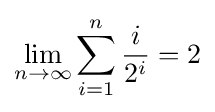
\lim _{n\to \infty }\sum _{i=1}^{n}{\frac {i}{2^{i}}}=2